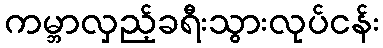
ကမ္ဘာလှည့်ခရီးသွားလုပ်ငန်း